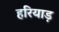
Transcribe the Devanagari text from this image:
हरियाड़